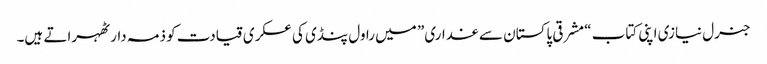
جنرل نیازی اپنی کتاب “مشرقی پاکستان سے غداری” میں راول پنڈی کی عسکری قیادت کو ذمہ دار ٹھہراتے ہیں۔